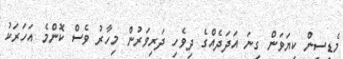
މެޑިސިން ކިޔަވަން ގިނަ އަދަދެއްގެ ދިވެހި ދަރިވަރުން މިހާރު ވެސް ކޮންމެ އަހަރަކު